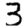
Digit: 3